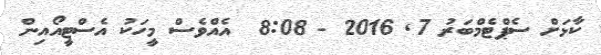
ކާޅަށް ސެޕްޓެމްބަރު 7